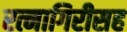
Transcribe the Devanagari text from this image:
रत्नागिरीसह